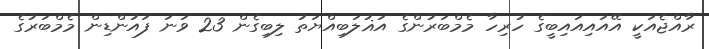
ރާއްޖެއަކީ އޭއައިއައިބީގެ ހުރިހާ މެމްބަރުންގެ އަޣުލަބިއްޔަތު ލިބިގެން 23 ވަނަ ފައުންޑިން މެމްބަރުގެ